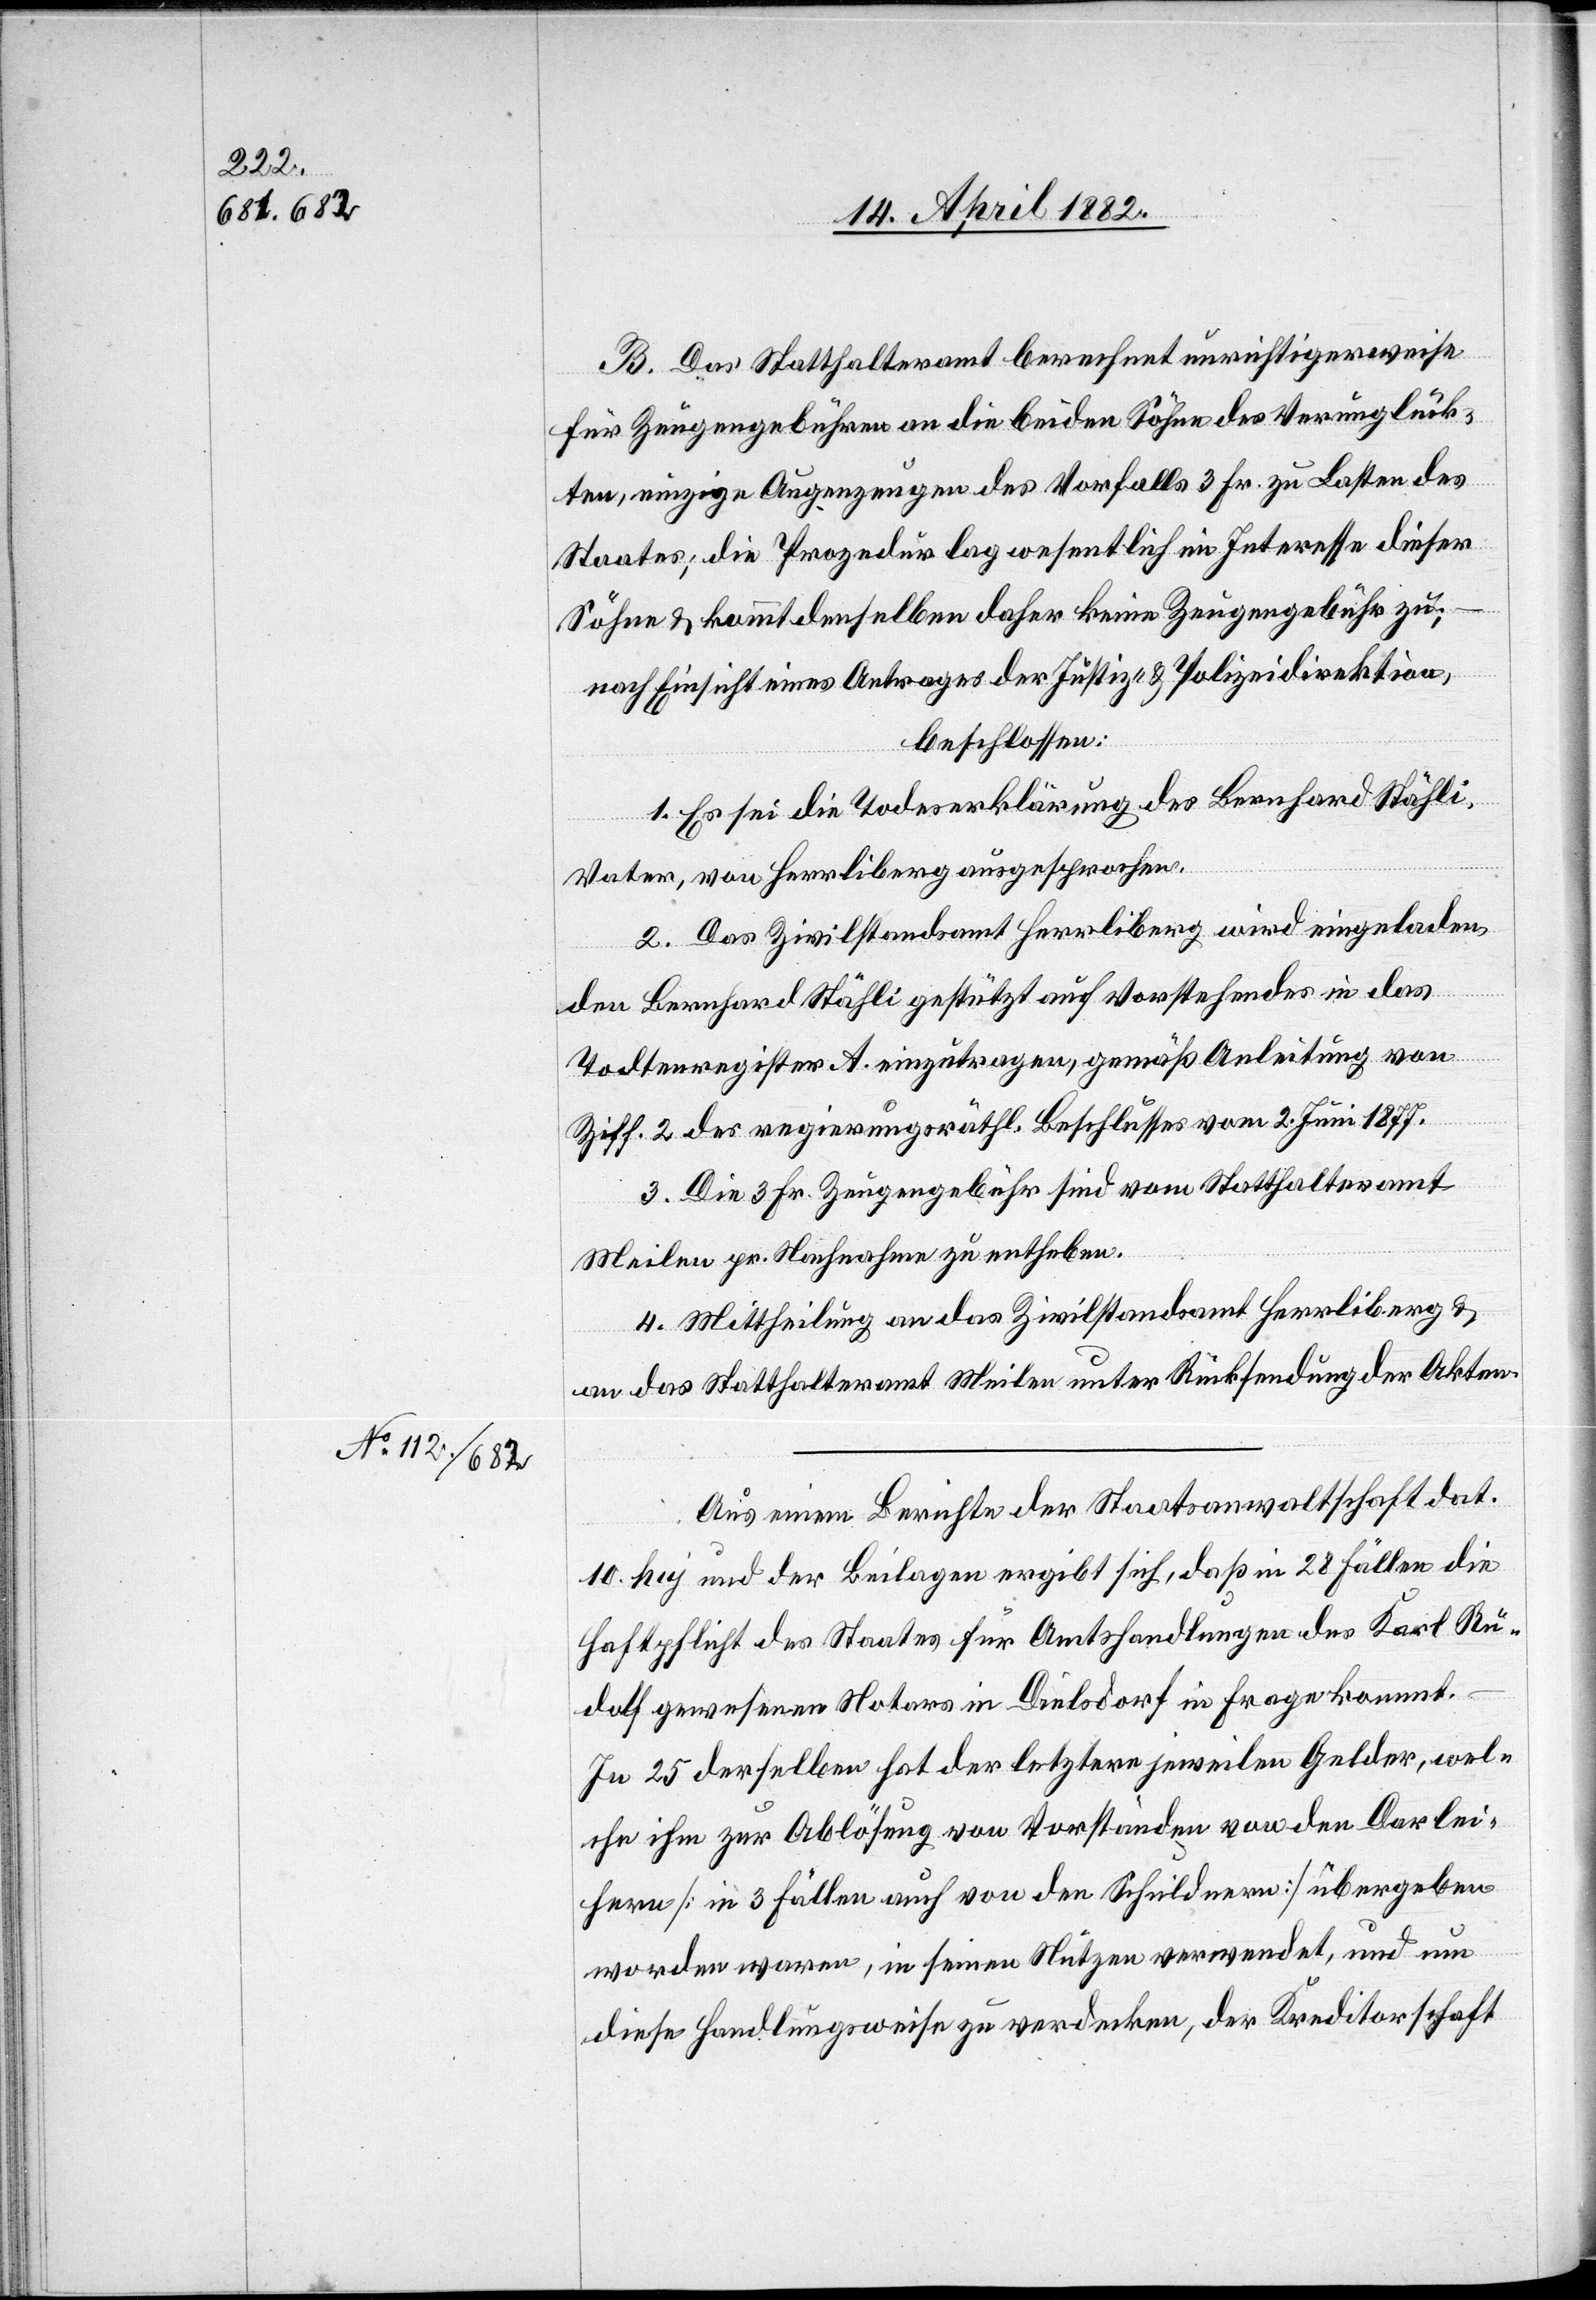
B. Das Statthalteramt berechnet unrichtigerweise
für Zeugengebühren an die beiden Söhne des Verunglück¬
ten, einzige Augenzeugen des Vorfalls 3 Fr. zu Lasten des
Staates; die Prozedur lag wesentlich im Interesse dieser
Söhne & kommt denselben daher keine Zeugengebühr zu;
nach Einsicht eines Antrages der Justiz- & Polizeidirektion,
beschlossen:
1. Es sei die Todeserklärung des Bernhard Stähli,
Vater, von Herrliberg ausgesprochen.
2. Das Zivilstandsamt Herrliberg wird eingeladen,
den Bernhard Stähli gestützt auf Vorstehendes in das
Todtenregister A. einzutragen, gemäß Anleitung von
Ziff. 2 des regierungsräthl. Beschlusses vom 2. Juni 1877.
3. Die 3 Fr. Zeugengebühr sind vom Statthalteramt
Meilen pr. Nachnahme zu entheben.
4. Mittheilung an das Zivilstandsamt Herrliberg &
an das Statthalteramt Meilen unter Rücksendung der Akten.
Aus einem Berichte der Staatsanwaltschaft dat.
10. huj. und der Beilagen ergibt sich, daß in 28 Fällen die
Haftpflicht des Staates für Amtshandlungen des Karl Ru¬
dolf gewesenen Notars in Dielsdorf in Frage kommt.
In 25 derselben hat der letztere jeweilen Gelder, wel¬
che ihm zur Ablösung von Vorständen von den Darlei¬
hern [in 3 Fällen auch von den Schuldnern] übergeben
worden waren, in seinen Nutzen verwendet, und um
diese Handlungsweise zu verdecken, der Kreditorschaft